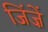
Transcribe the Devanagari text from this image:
जिंज़ें